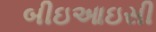
બીઇઆઇસી